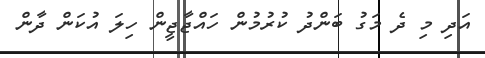
އަދި މި ދެ މަގު ބަންދު ކުރުމުން ހައްޖާޖީން ހިލަ އުކަން ދާން